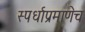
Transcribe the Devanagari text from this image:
स्पर्धाप्रमाणेच